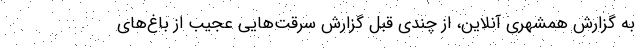
به‌ گزارش همشهری آنلاین، از چندی قبل گزارش سرقت‌هایی عجیب از باغ‌های